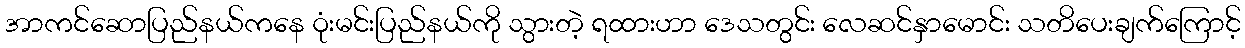
အာကင်ဆောပြည်နယ်ကနေ ဝုံးမင်းပြည်နယ်ကို သွားတဲ့ ရထားဟာ ဒေသတွင်း လေဆင်နှာမောင်း သတိပေးချက်ကြောင့်